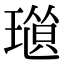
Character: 𤨜